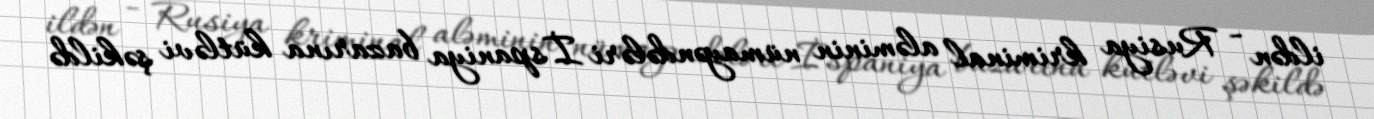
ildən - Rusiya kriminal aləminin nümayəndələri İspaniya bazarına kütləvi şəkildə